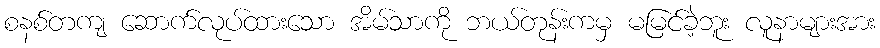
စနစ်တကျ ဆောက်လုပ်ထားသော အိမ်သာကို ဘယ်တုန်းကမှ မမြင်ခဲ့ဘူး လူနာများအား